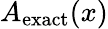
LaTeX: A_{\textrm{exact}}(x)